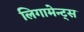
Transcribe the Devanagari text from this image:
लिगामेन्ट्स